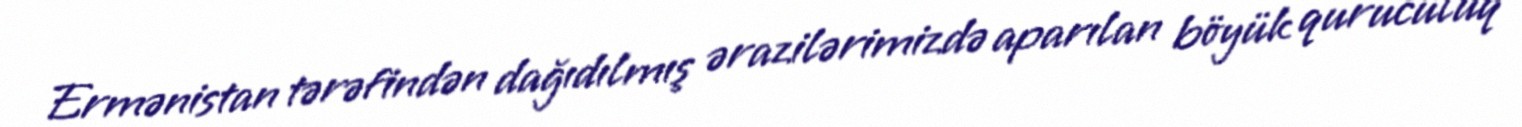
Ermənistan tərəfindən dağıdılmış ərazilərimizdə aparılan böyük quruculuq